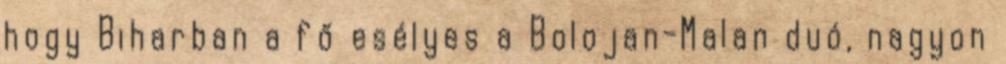
hogy Biharban a fő esélyes a Bolojan-Malan duó, nagyon